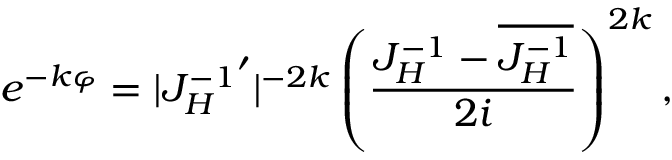
e ^ { - k \varphi } = | { J _ { H } ^ { - 1 } } ^ { \prime } | ^ { - 2 k } \left( { \frac { J _ { H } ^ { - 1 } - \overline { { { J _ { H } ^ { - 1 } } } } } { 2 i } } \right) ^ { 2 k } ,